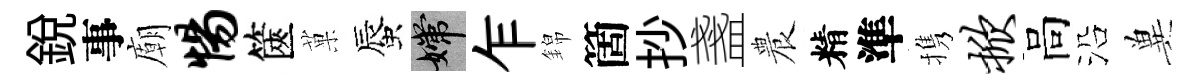
銳事廟惕篋菓蜃嫦乍錦箇抄盞農精準携掀高沿兾